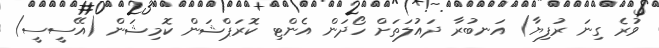
ވުރެ ގިނަ ރުފިޔާ) އަނބުރާ ދައުލަތަށް ހޯދަން އެންޓި ކޮރަޕްޝަން ކޮމިޝަން (އޭސީސީ)